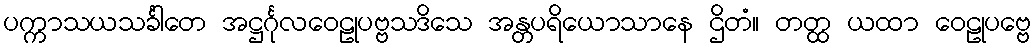
ပက္ကာသယသင်္ခါတေ အဋ္ဌင်္ဂုလဝေဠုပဗ္ဗသဒိသေ အန္တပရိယောသာနေ ဌိတံ။ တတ္ထ ယထာ ဝေဠုပဗ္ဗေ